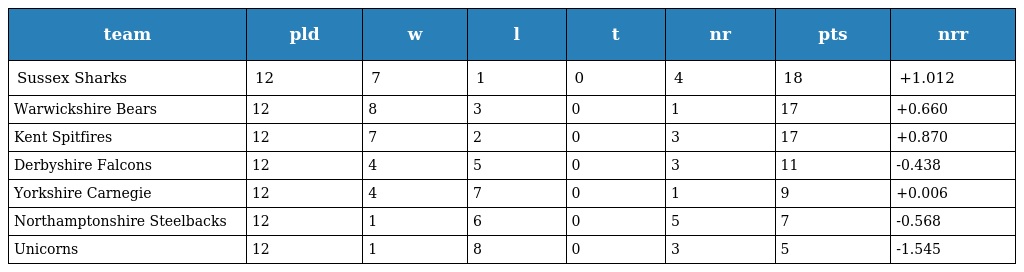
| team | pld | w | l | t | nr | pts | nrr |
 | --- | --- | --- | --- | --- | --- | --- | --- |
 | Sussex Sharks | 12 | 7 | 1 | 0 | 4 | 18 | +1.012 |
 | Warwickshire Bears | 12 | 8 | 3 | 0 | 1 | 17 | +0.660 |
 | Kent Spitfires | 12 | 7 | 2 | 0 | 3 | 17 | +0.870 |
 | Derbyshire Falcons | 12 | 4 | 5 | 0 | 3 | 11 | -0.438 |
 | Yorkshire Carnegie | 12 | 4 | 7 | 0 | 1 | 9 | +0.006 |
 | Northamptonshire Steelbacks | 12 | 1 | 6 | 0 | 5 | 7 | -0.568 |
 | Unicorns | 12 | 1 | 8 | 0 | 3 | 5 | -1.545 |